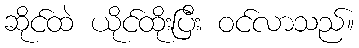
ဆိုင်ထဲ ယိုင်ထိုးပြီး ဝင်လာသည်။